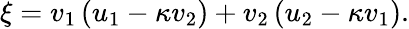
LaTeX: \xi=v_{1}\left(u_{1}-\kappa v_{2}\right)+v_{2}\left(u_{2}-\kappa v_{1}\right).